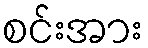
စင်းအား